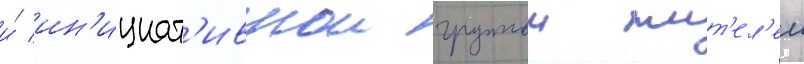
и́ ин'ициат'ивнои группои жит'ел'еи